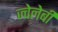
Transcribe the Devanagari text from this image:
ज्वेलेबी